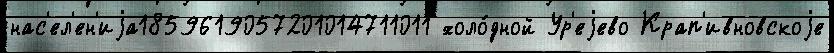
нас'ел'ен'иjа1859619057201014711011 холо́дной Ур'еjево Крап'ивновскоjе